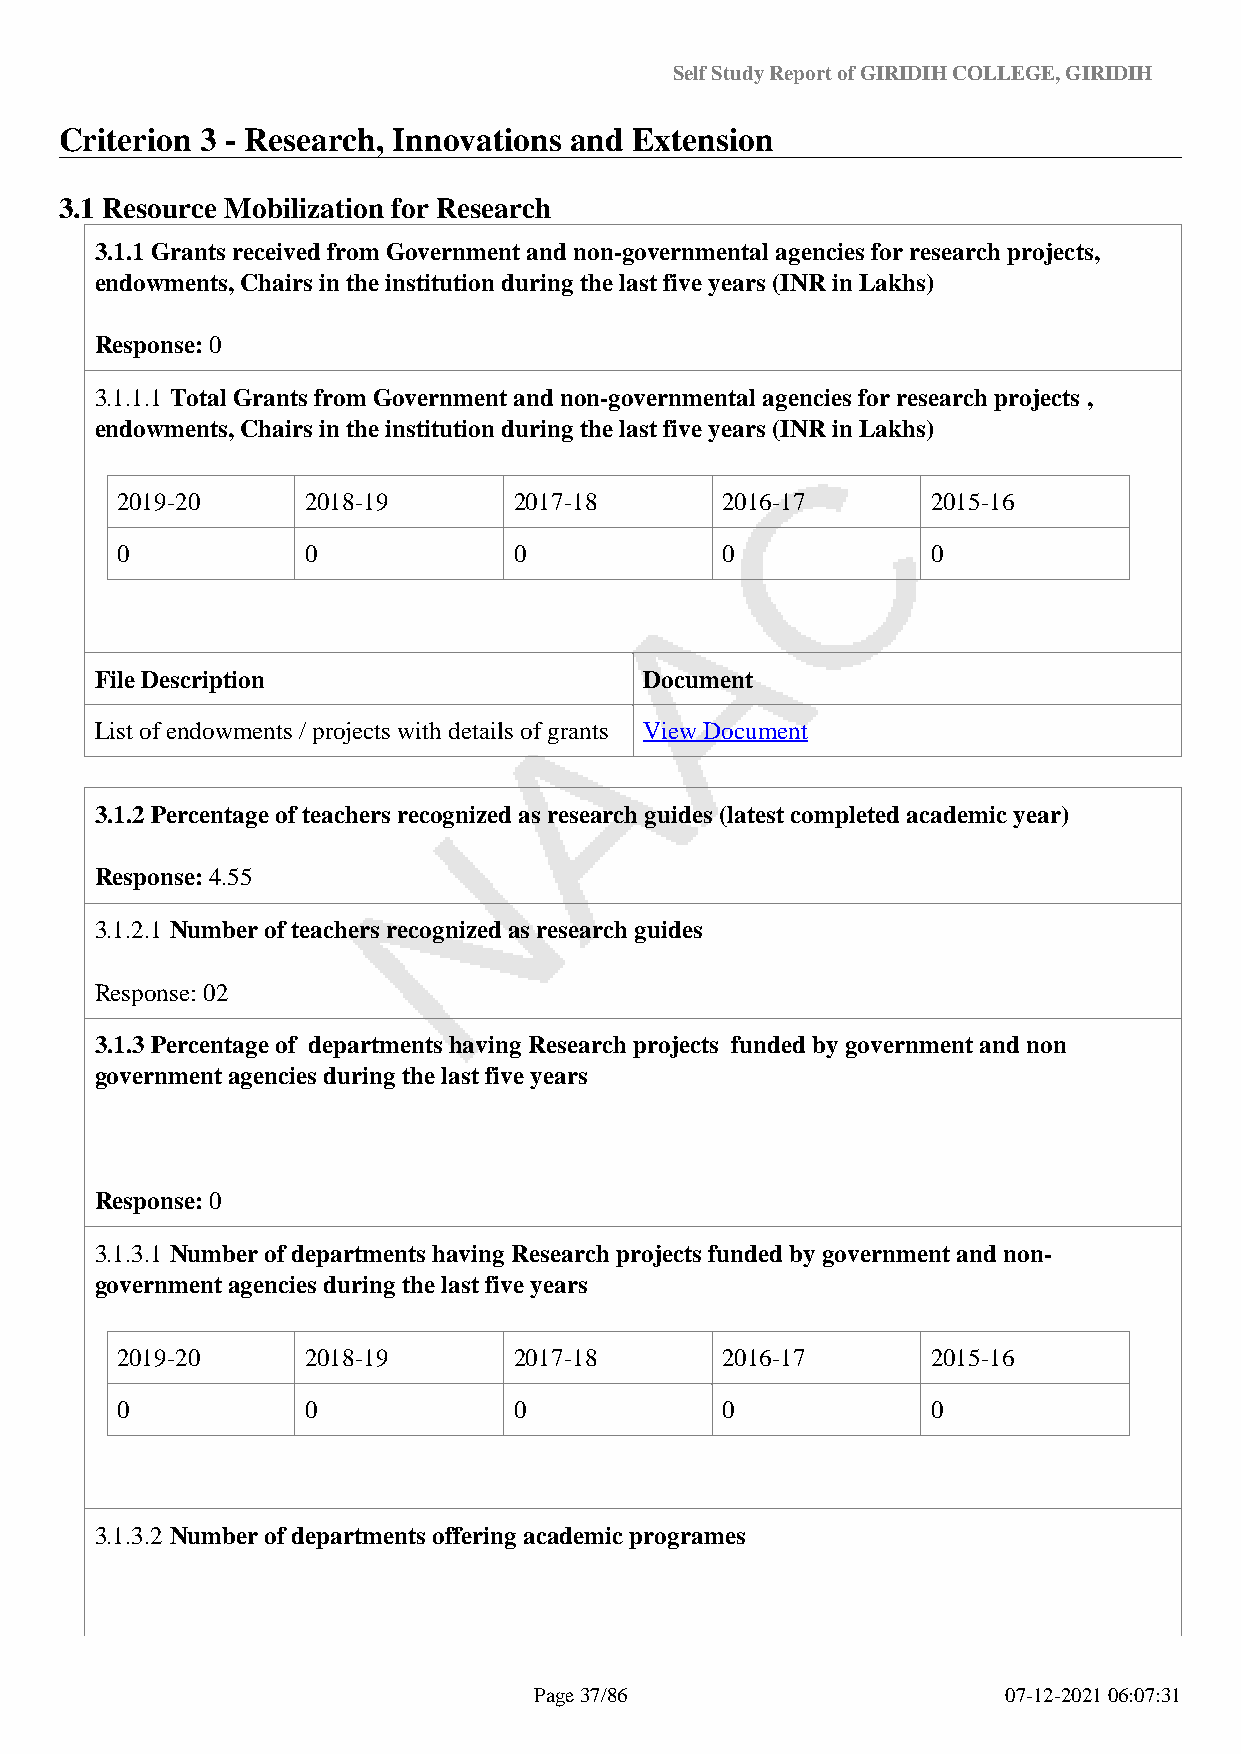
Self Study Report of GIRIDIH COLLEGE, GIRIDIH
 Criterion 3 - Research, Innovations and Extension
 3.1 Resource Mobilization for Research
 3.1.1 Grants received from Government and non-governmental agencies for research projects,
 endowments, Chairs in the institution during the last five years (INR in Lakhs)
 Response: 0
 3.1.1.1 Total Grants from Government and non-governmental agencies for research projects ,
 endowments, Chairs in the institution during the last five years (INR in Lakhs)
 2019-20     2018-19       2017-18       2016-17       2015-16
 0           0             0             0             0
 File Description                     Document
 List of endowments / projects with details of grants View Document
 3.1.2 Percentage of teachers recognized as research guides (latest completed academic year)
 Response: 4.55
 3.1.2.1 Number of teachers recognized as research guides
 Response: 02
 3.1.3 Percentage of departments having Research projects funded by government and non
 government agencies during the last five years
 Response: 0
 3.1.3.1 Number of departments having Research projects funded by government and non-
 government agencies during the last five years
 2019-20     2018-19       2017-18       2016-17       2015-16
 0           0             0             0             0
 3.1.3.2 Number of departments offering academic programes
 Page 37/86                      07-12-2021 06:07:31